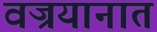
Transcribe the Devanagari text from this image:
वज्रयानात